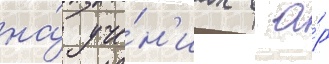
на́ уче́н'иах в а́р